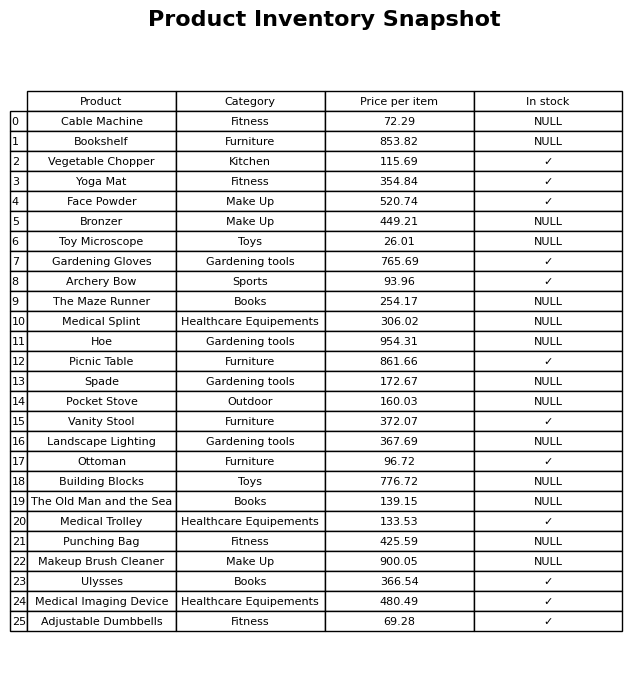
question: What is the price of the Ulysses?
answer: The price of Ulysses is 366.54.